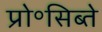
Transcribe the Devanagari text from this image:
प्रो॰सिब्ते